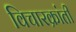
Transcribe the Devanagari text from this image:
विचारक्रांती